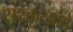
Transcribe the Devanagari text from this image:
संस्कृत्यांचे